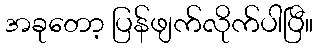
အခုတော့ ပြန်ဖျက်လိုက်ပါပြီ။